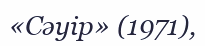
«Сәуір» (1971),